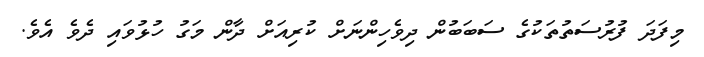
މިފަދަ ފުރުސަތުތަކުގެ ސަބަބުން ދިވެހިންނަށް ކުރިއަށް ދާން މަގު ހުޅުވައި ދެވެ އެވެ.